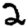
Digit: 2